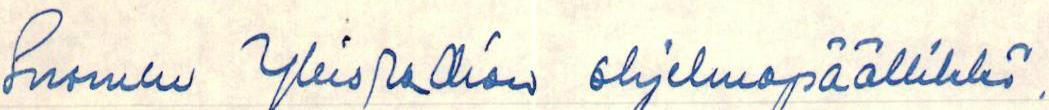
Suomen Yleisradion ohjelmapäällikkö.